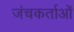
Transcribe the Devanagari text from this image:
जंचकर्ताओं